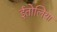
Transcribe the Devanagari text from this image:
ईतोलिया